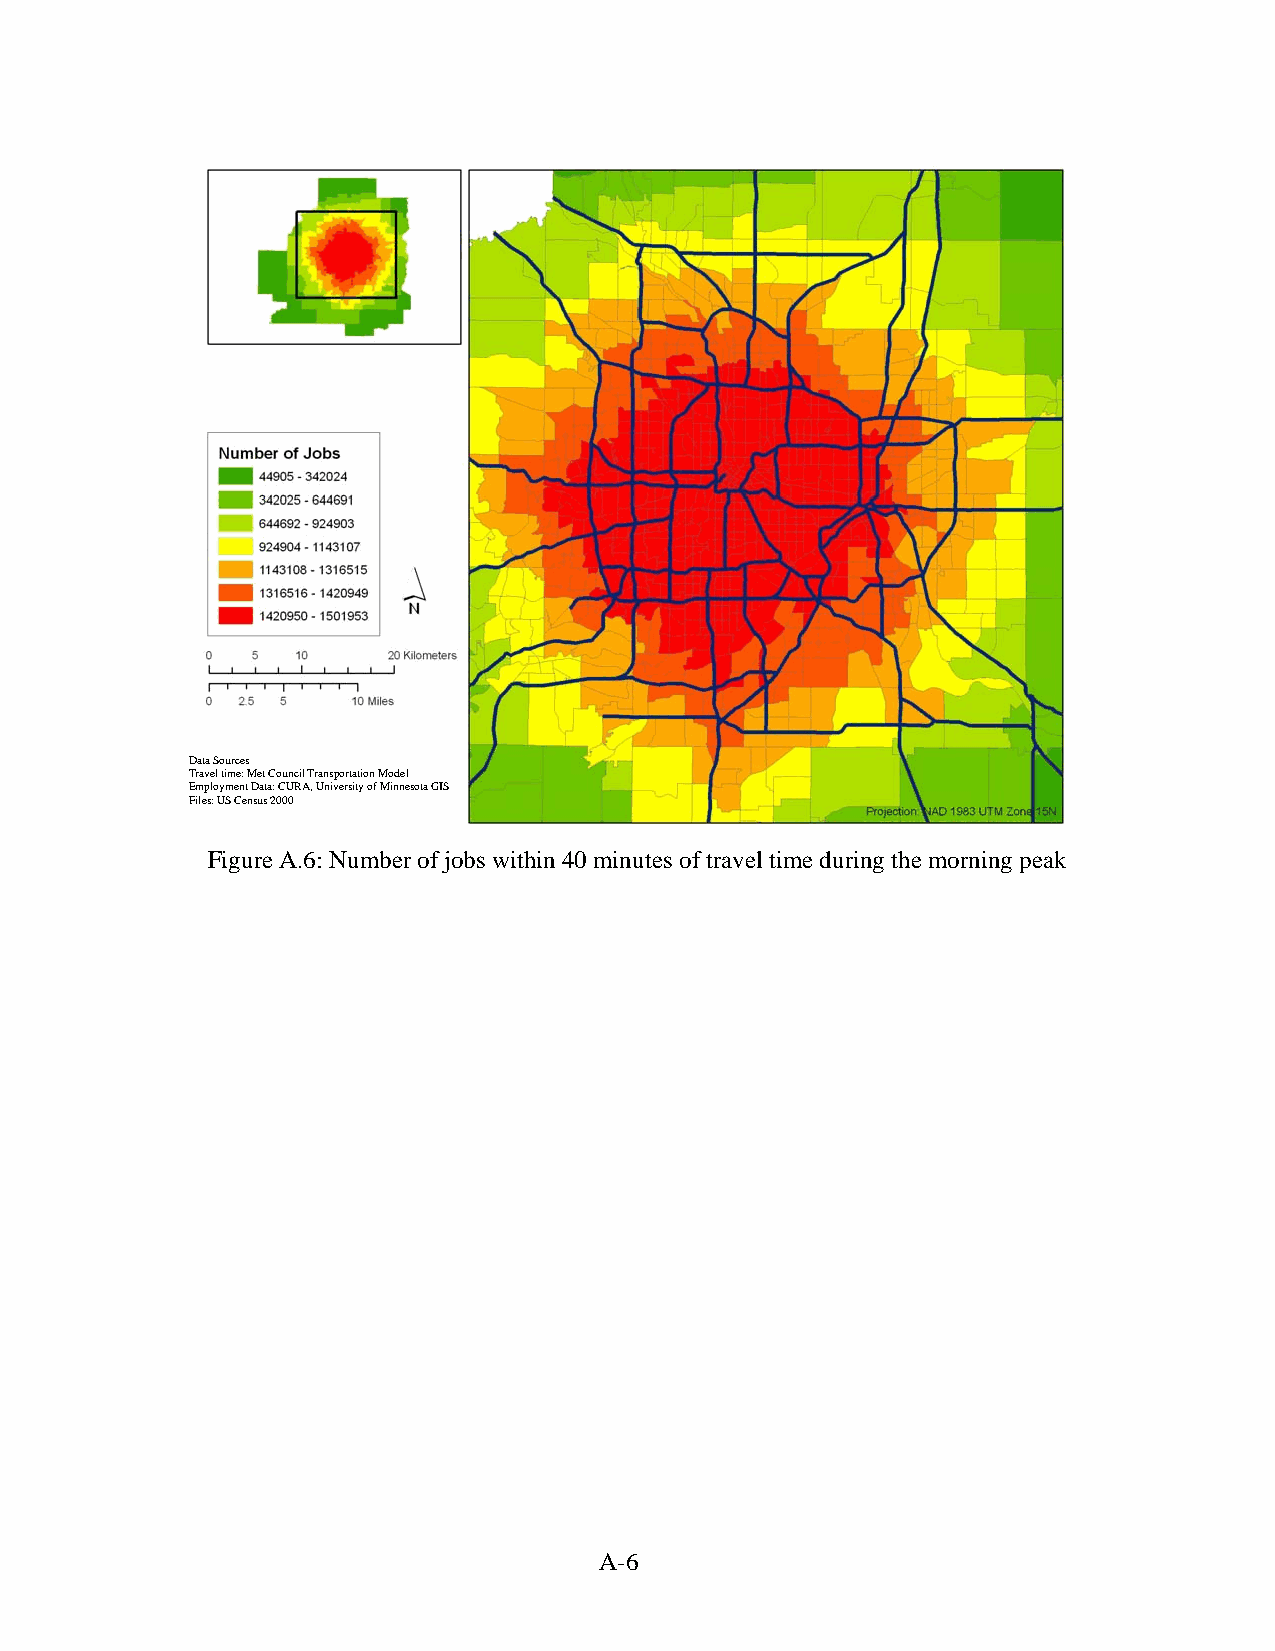
Data Sources
 Travel time: Met Council Transportation Model
 Employment Data: CURA, University of Minnesota GIS
 Files: US Census 2000
 Figure A.6: Number of jobs within 40 minutes of travel time during the morning peak
 A-6